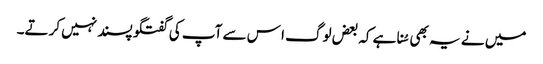
میں نے یہ بھی سُنا ہے کہ بعض لوگ ا س سے آپ کی گفتگو پسند نہیں کرتے۔